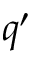
q ^ { \prime }